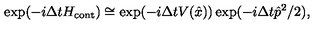
\exp ( - i \Delta t H _ { \mathrm { c o n t } } ) \cong \exp ( - i \Delta t V ( \hat { x } ) ) \exp ( - i \Delta t \hat { p } ^ { 2 } / 2 ) ,